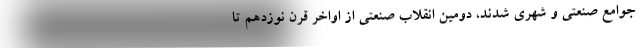
جوامع صنعتی و شهری شدند، دومین انقلاب صنعتی از اواخر قرن نوزدهم تا